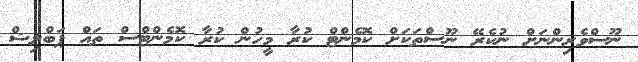
ނޫސްވެރިންނަށް ނުކެރޭ ނޫސްތަކަށް ކޮމެންޓް ކުރާ މީހުން ކުރާ ކޮމެންޓްސް ތައް ޕަބްލިޝް